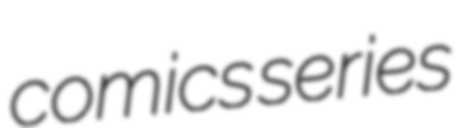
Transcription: comics series